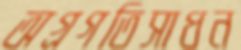
অগ্রগতিসাধন